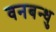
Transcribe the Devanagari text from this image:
वनबन्धु